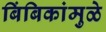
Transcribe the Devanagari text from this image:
बिंबिकांमुळे